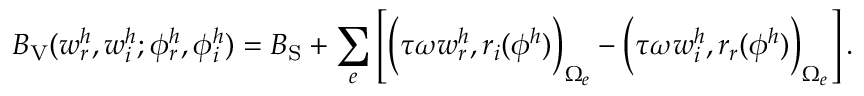
B _ { \mathrm { V } } ( w _ { r } ^ { h } , w _ { i } ^ { h } ; \phi _ { r } ^ { h } , \phi _ { i } ^ { h } ) = B _ { \mathrm { S } } + \sum _ { e } \left[ \Big ( \tau \omega w _ { r } ^ { h } , r _ { i } ( \phi ^ { h } ) \Big ) _ { \Omega _ { e } } - \Big ( \tau \omega w _ { i } ^ { h } , r _ { r } ( \phi ^ { h } ) \Big ) _ { \Omega _ { e } } \right] .